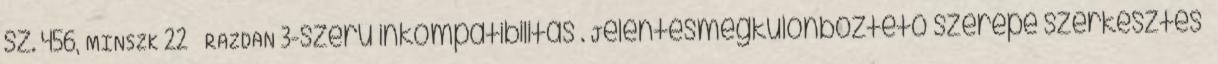
sz. 456, MINSZK–22 – RAZDAN–3-szerű inkompatibilitás . Jelentésmegkülönböztető szerepe szerkesztés